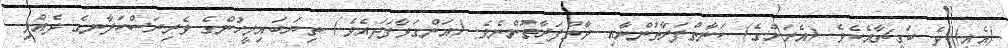
(އެއީ) ދެ ބަގީޗާއެކެވެ. (އެރަށުގެ) ކަނާތްފަރާތުންނާއި ވާތްފަރާތުންނެވެ. (އަންގަވާފަދައެވެ.) ތިޔަބައިމީހުންގެ ވެރިރަސްކަލާނގެ ދެއްވި